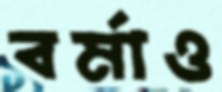
বর্মাও